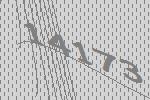
14173